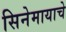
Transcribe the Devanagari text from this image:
सिनेमायाचे